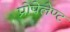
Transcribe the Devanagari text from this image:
प्रोपेलेण्ट